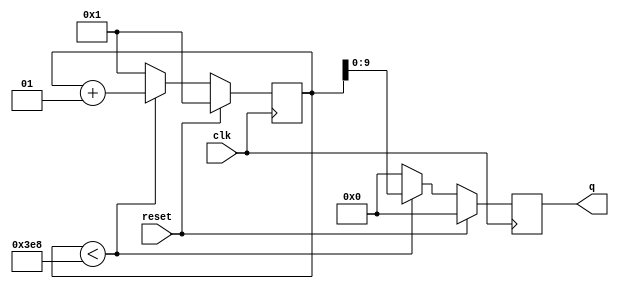
module top_module (
    input clk,
    input reset,
    output [9:0] q);

    integer count = 0;
    always@(posedge clk) begin
        if(!reset) begin
            if(count < 1000) begin
            	q=count;
            	count = count + 1;
            end
            else begin
                count = 0;
                q=count;
                count = count + 1;
            end
        end
        else begin
        	count = 0;
            q=count;
            count = count + 1;
        end
    end
endmodule